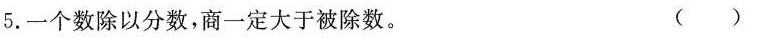
5.一个数除以分数，商一定大于被除数。 ( )